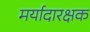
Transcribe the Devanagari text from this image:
मर्यादारक्षक